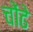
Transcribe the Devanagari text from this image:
चोंढे